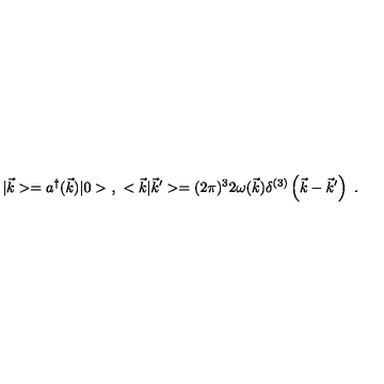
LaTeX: | \vec { k } > = a ^ { \dagger } ( \vec { k } ) | 0 > \ , \ < \vec { k } | \vec { k } ^ { \prime } > = ( 2 \pi ) ^ { 3 } 2 \omega ( \vec { k } ) \delta ^ { ( 3 ) } \left( \vec { k } - \vec { k } ^ { \prime } \right) \ .